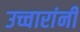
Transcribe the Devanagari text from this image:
उच्चारांनी